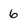
Character: 6